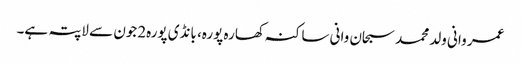
عمر وانی ولد محمد سبحان وانی ساکنہ کھارہ پورہ، بانڈی پورہ2جون سے لاپتہ ہے۔